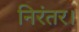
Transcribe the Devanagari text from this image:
निरंतर।